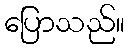
ပြောသည်။